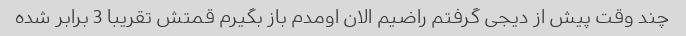
چند وقت پیش از دیجی گرفتم راضیم الان اومدم باز بگیرم قمتش تقریبا 3 برابر شده